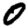
Digit: 0